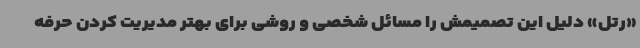
«رتل» دلیل این تصمیمش را مسائل شخصی و روشی برای بهتر مدیریت کردن حرفه